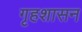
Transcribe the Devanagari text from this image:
गृहशासन